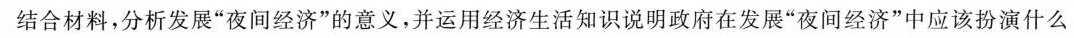
结合材料，分析发展”夜间经济”的意义，并运用经济生活知识说明政府在发展”夜间经济”中应该扮演什么